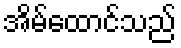
အိမ်ထောင်သည်